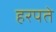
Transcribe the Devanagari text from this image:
हरपते